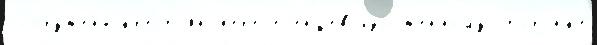
сооружены́ кр'естья́н-п'ер'ес'ел'е́нцев изло́женному сторо́нк'е